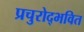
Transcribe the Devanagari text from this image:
प्रचुरोद्भवित